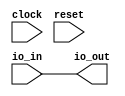
module PassOn(
    input clock,
    input reset,
    input [63:0] io_in,
    output [63:0] io_out
);
    assign io_out = io_in;
endmodule //PassOn